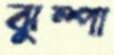
ঝুম্পা